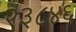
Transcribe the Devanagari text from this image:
२३८४६